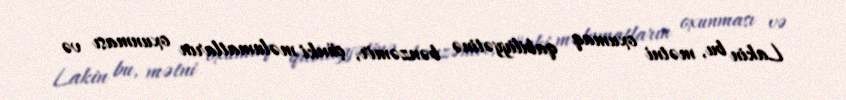
Lakin bu, mətni oxumaq qabiliyyətinə bənzəmir, çünki məlumatların oxunması və